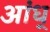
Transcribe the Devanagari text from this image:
आंध्